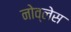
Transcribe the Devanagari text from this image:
नोव्लेस